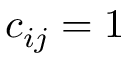
c _ { i j } = 1